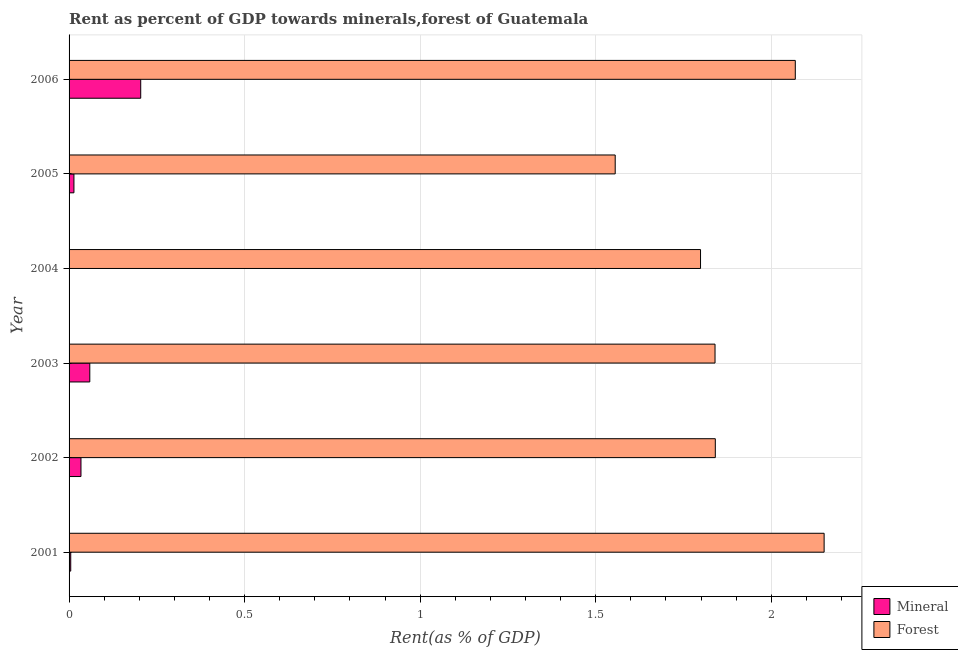
| Year | Mineral | Forest |
 | --- | --- | --- |
 | 2001 | 0.00476 | 2.15 |
 | 2002 | 0.0339 | 1.84 |
 | 2003 | 0.059 | 1.84 |
 | 2004 | 0.000108 | 1.8 |
 | 2005 | 0.0138 | 1.56 |
 | 2006 | 0.204 | 2.07 |